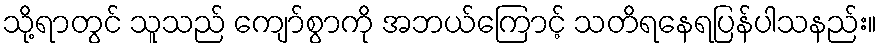
သို့ရာတွင် သူသည် ကျော်စွာကို အဘယ်ကြောင့် သတိရနေရပြန်ပါသနည်း။